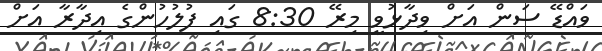
ވައްޑޭ ސަން އަށް ވިދާޅުވީ މިރޭ 8:30 ގައި ފުލުހުންގެ އިދާރާ އަށް